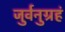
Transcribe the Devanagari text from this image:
जुर्वनुग्रहं